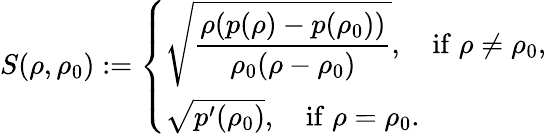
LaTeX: \begin{array}{r}{S(\rho,\rho_{0}):=\left\{ \begin{array}{lll}{\sqrt{\displaystyle{\frac{\rho(p(\rho)-p(\rho_{0}))}{\rho_{0}(\rho-\rho_{0})}}},\quad\mathrm{if}\; \rho\ne\rho_{0},}\\ {\sqrt{p^{\prime}(\rho_{0})},\quad\mathrm{if}\; \rho=\rho_{0}.}\end{array}\right.}\end{array}